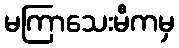
မကြာသေးမီကမှ